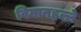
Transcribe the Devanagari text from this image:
विमानहल्ले